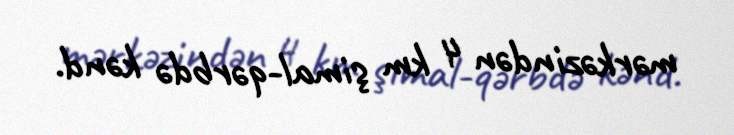
mərkəzindən 4 km şimal-qərbdə kənd.